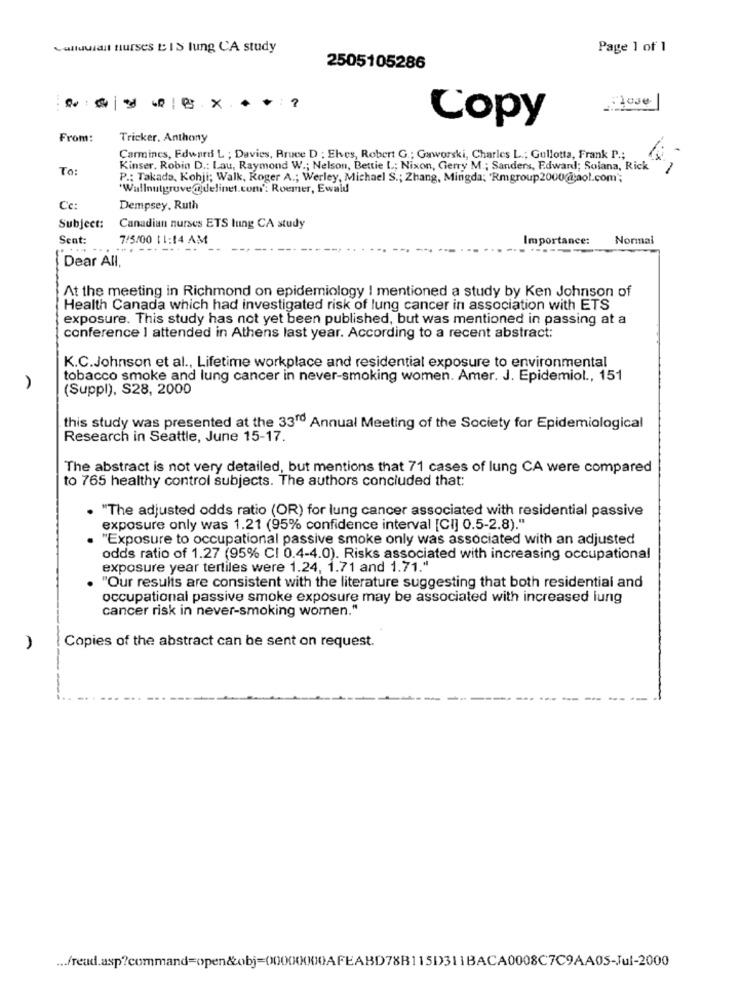
Calluuiall nurses & IS lung CA study
Page 1 of 1
2505105286
17000
....
Copy
From:
Tricker, Anthony
Carmines, Edward L ; Davies, Bruce D : Eles, Robert G .; Gaworski, Charles L .; Gullotta, Frank P .;
To:
Kinser. Robin D .: Lau, Raymond W .; Nelson, Bettie L; Nixon, Gerry M .; Sanders, Edward; Solana, Rick
P .; Takada, Kohji; Walk, Koger A .; Werley, Michael S .; Zhang, Mingda; "Rmgroup2000@aol.com";
'Wallnutgrove@delinet.com': Roemer, Ewald
Cc:
Dempsey. Ruth
Subject:
Canadian nurses ETS lung CA study
Sent:
7/5/00 11:14 AM
Importance:
Normal
Dear All,
At the meeting in Richmond on epidemiology I mentioned a study by Ken Johnson of
Health Canada which had investigated risk of lung cancer in association with ETS
exposure. This study has not yet been published, but was mentioned in passing at a
conference 1 attended in Athens last year. According to a recent abstract:
K.C.Johnson et al ., Lifetime workplace and residential exposure to environmental
tobacco smoke and lung cancer in never-smoking women. Amer. J. Epidemiol ., 151
(Suppl), S28, 2000
this study was presented at the 3310 Annual Meeting of the Society for Epidemiological
Research in Seattle, June 15-17.
The abstract is not very detailed, but mentions that 71 cases of lung CA were compared
to 765 healthy control subjects. The authors concluded that:
"The adjusted odds ratio (OR) for lung cancer associated with residential passive
exposure only was 1.21 (95% confidence interval [CI] 0.5-2.8)."
"Exposure to occupational passive smoke only was associated with an adjusted
odds ratio of 1.27 (95% CI 0.4-4.0). Risks associated with increasing occupational
exposure year tertiles were 1.24, 1.71 and 1.71."
"Our results are consistent with the literature suggesting that both residential and
occupational passive smoke exposure may be associated with increased lung
cancer risk in never-smoking women."
Copies of the abstract can be sent on request.
)
... /read.asp?command=open&obj=(XXXXX000AFEABD78B115D311BACA0008C7C9AA05-Jul-2000